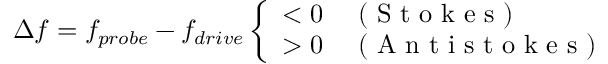
\Delta f = f _ { p r o b e } - f _ { d r i v e } \left\{ \begin{array} { l l } { < 0 } & { \mathrm { ~ ( ~ S ~ t ~ o ~ k ~ e ~ s ~ ) ~ } } \\ { > 0 } & { \mathrm { ~ ( ~ A ~ n ~ t ~ i ~ s ~ t ~ o ~ k ~ e ~ s ~ ) ~ } } \end{array} \right.